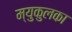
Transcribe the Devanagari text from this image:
म्युकुलका